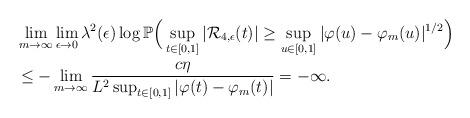
LaTeX: \begin{align*}&\lim_{m\to\infty}\lim_{\epsilon\to0}\lambda^2(\epsilon)\log\mathbb P\Big(\sup_{t\in[0,1]}|\mathcal{R}_{4,\epsilon}(t)|\geq\sup_{u\in[0,1]}|\varphi(u)-\varphi_m(u)|^{1/2}\Big)\\&\leq-\lim_{m\to\infty}\frac{c\eta}{L^{2}\sup_{t\in[0,1]}|\varphi(t)-\varphi_m(t)|}=-\infty.\end{align*}